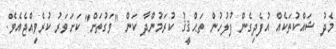
މެދު ޝައްކުތަކެއް އުފެދިގެން ފުލުހުން ތަޙްޤީޤު ކުރަމުންދާ ކަން "ވަގުތަށް" ކަށަވަރު ކުރެވިއްޖެއެވެ.